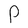
Character: P